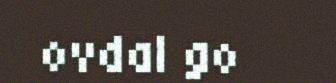
ovdal go